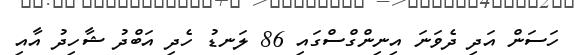
ހަސަން އަދި ދެވަނަ އިނިންގްސްގައި 86 ލަނޑު ހެދި އަބްދު ޝާހިދު އާއި